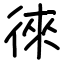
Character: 徠